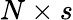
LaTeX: N\times s